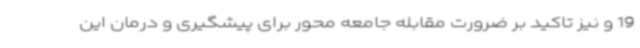
19 و نیز تاکید بر ضرورت مقابله جامعه محور برای پیشگیری و درمان این